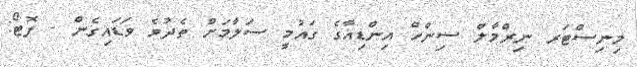
މިނިސްޓަރ ނިރްމާލް ސިންހް އިންޑިއާގެ ގައުމީ ސަލާމަށް ތެދުވެ ވަޑައިގެން - ފޮޓޯ: